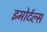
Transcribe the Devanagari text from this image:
इमोर्टल्स